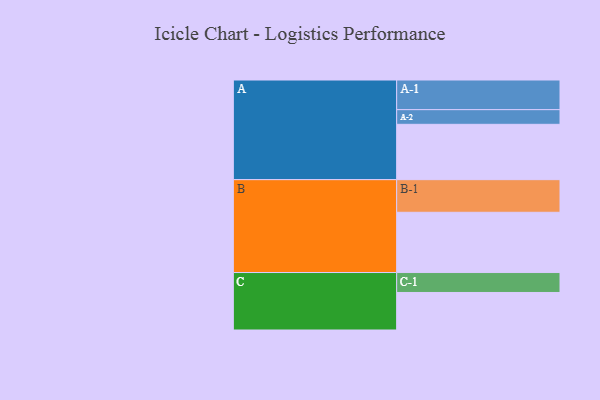
{"axis": {"x": "Segment", "y": "Value"}, "legend": ["", "A", "B", "C"], "data": [{"x": "A", "y": 472, "type": ""}, {"x": "B", "y": 514, "type": ""}, {"x": "C", "y": 320, "type": ""}, {"x": "A-1", "y": 253, "type": "A"}, {"x": "A-2", "y": 125, "type": "A"}, {"x": "B-1", "y": 278, "type": "B"}, {"x": "C-1", "y": 170, "type": "C"}]}